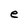
Character: e